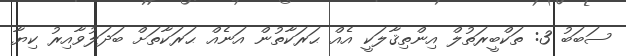
ސަބަބު 3: ތަކްބީރަތުލް އިންތިޤާލަކީ އެއް ޙަރަކާތުން އަނެއް ޙަރަކާތަށް ބަދަލުވާއިރު ކިޔާ